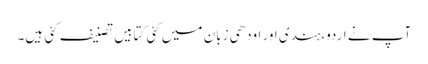
آپ نے اردو،ہندی اور اودھی زبان میں کئی کتابیں تصنیف کئی ہیں۔